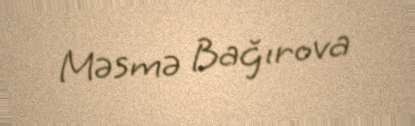
Məsmə Bağırova